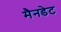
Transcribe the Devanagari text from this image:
मैनडेट